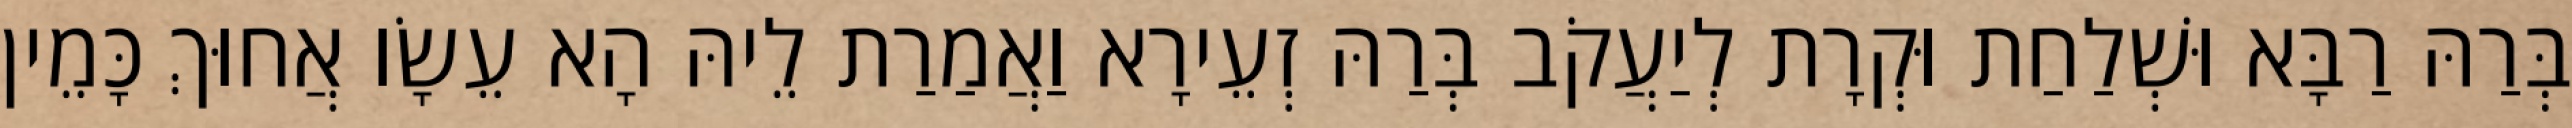
בְּרַהּ רַבָּא וּשְׁלַחַת וּקְרָת לְיַעֲקֹב בְּרַהּ זְעֵירָא וַאֲמַרַת לֵיהּ הָא עֵשָׂו אֲחוּךְ כָּמֵין